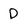
Character: D